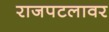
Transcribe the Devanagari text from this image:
राजपटलावर